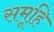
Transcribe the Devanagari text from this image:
समूहि